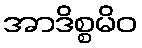
အာဒိစ္စမိဝ